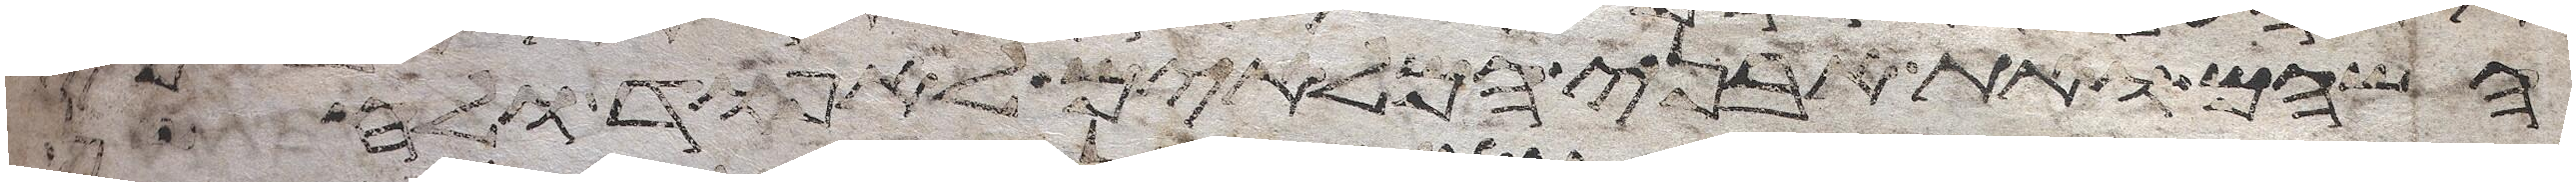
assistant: השהם ואת אבני המלאים לאפוד ולחשן